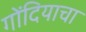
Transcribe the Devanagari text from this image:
गोंदियाचा